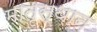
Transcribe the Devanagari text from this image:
मातृस्थान